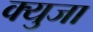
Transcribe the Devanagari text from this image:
क्युजा